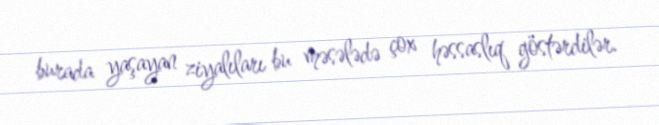
burada yaşayan ziyalıları bu məsələdə çox həssaslıq göstərdilər.